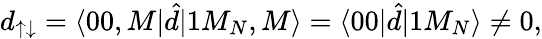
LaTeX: d_{\uparrow\downarrow}=\langle 00,M|\hat{d}|1M_{N},M\rangle=\langle 00|\hat{d}|1M_{N}\rangle\ne 0,